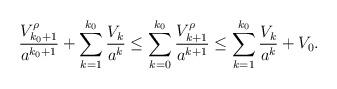
LaTeX: \begin{align*}\frac{V_{k_0+1}^\rho}{a^{k_0+1}}+\sum_{k=1}^{k_0}\frac{V_{k} }{a^{k}}\leq \sum_{k=0}^{k_0}\frac{V_{k+1}^\rho}{a^{k+1}}\leq \sum_{k=1}^{k_0}\frac{V_k}{a^k}+V_0.\end{align*}